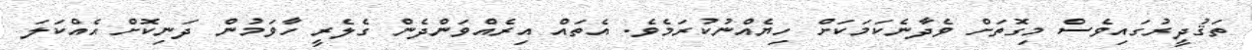
ތަޤުދީރުގައިވެސް މިގޮތަށް ވެދާނެކަމަކަށް ހިޔެއްނުކުރަމެވެ. އެތައް އިރެއްވަންދެން ގެލެރީ ހާވަމުން ދަނިކޮށް އެއްކަލަ